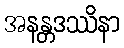
အနန္တဒဿိနာ